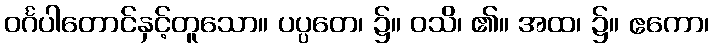
ဝင်္ဂပါတောင်နှင့်တူသော။ ပပ္ပတေ၊ ၌။ ဝသိ၊ ၏။ အထ၊ ၌။ ဧကော၊